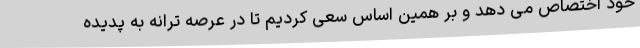
خود اختصاص می دهد و بر همین اساس سعی کردیم تا در عرصه ترانه به پدیده